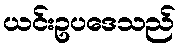
ယင်းဥပဒေသည်